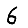
Digit: 6